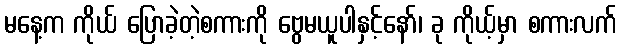
မနေ့က ကိုယ် ပြောခဲ့တဲ့စကားကို ဗွေမယူပါနှင့်နော်၊ ခု ကိုယ့်မှာ စကားလက်